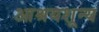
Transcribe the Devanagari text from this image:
आश्रयशून्य